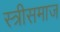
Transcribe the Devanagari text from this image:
स्त्रीसमाज